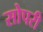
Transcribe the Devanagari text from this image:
सोपरी